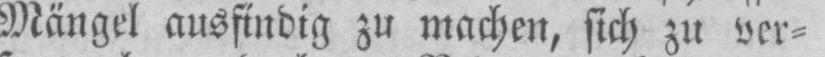
Mängel ausfindig zu machen, sich zu ver⸗